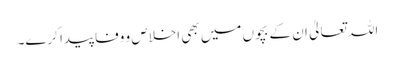
اللہ تعالیٰ ان کے بچوں میں بھی اخلاص و وفا پیدا کرے۔